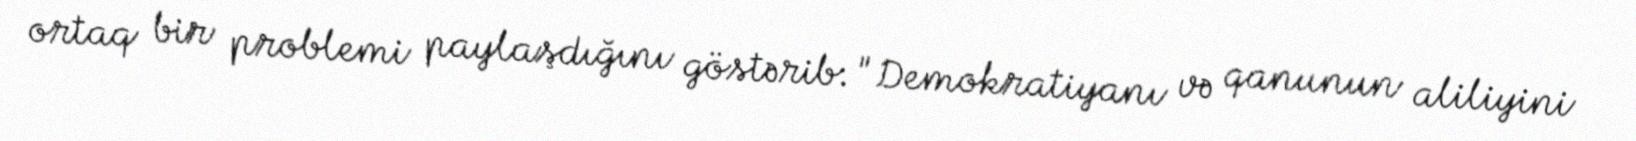
ortaq bir problemi paylaşdığını göstərib: "Demokratiyanı və qanunun aliliyini